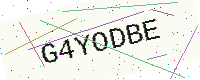
Text: G4YODBE